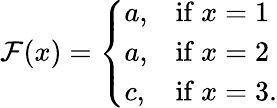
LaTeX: \mathcal{F}(x)=\left\{ {\begin{array}{ll}{a,}&{{\mathrm{if~}}x=1}\\ {a,}&{{\mathrm{if~}}x=2}\\ {c,}&{{\mathrm{if~}}x=3.}\end{array}}\right.